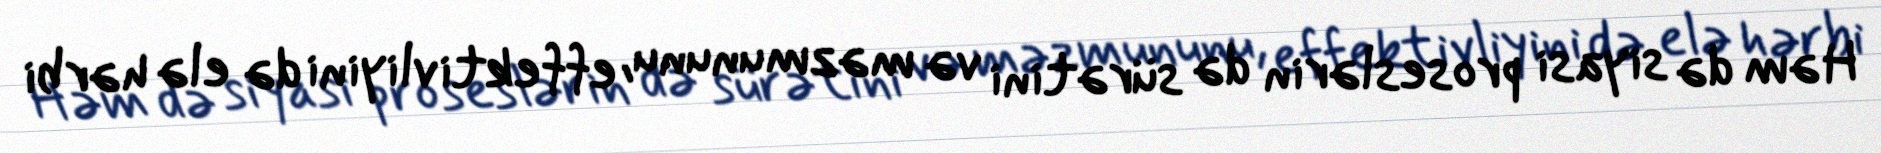
Həm də siyasi proseslərin də sürətini və məzmununu, effektivliyini də elə hərbi